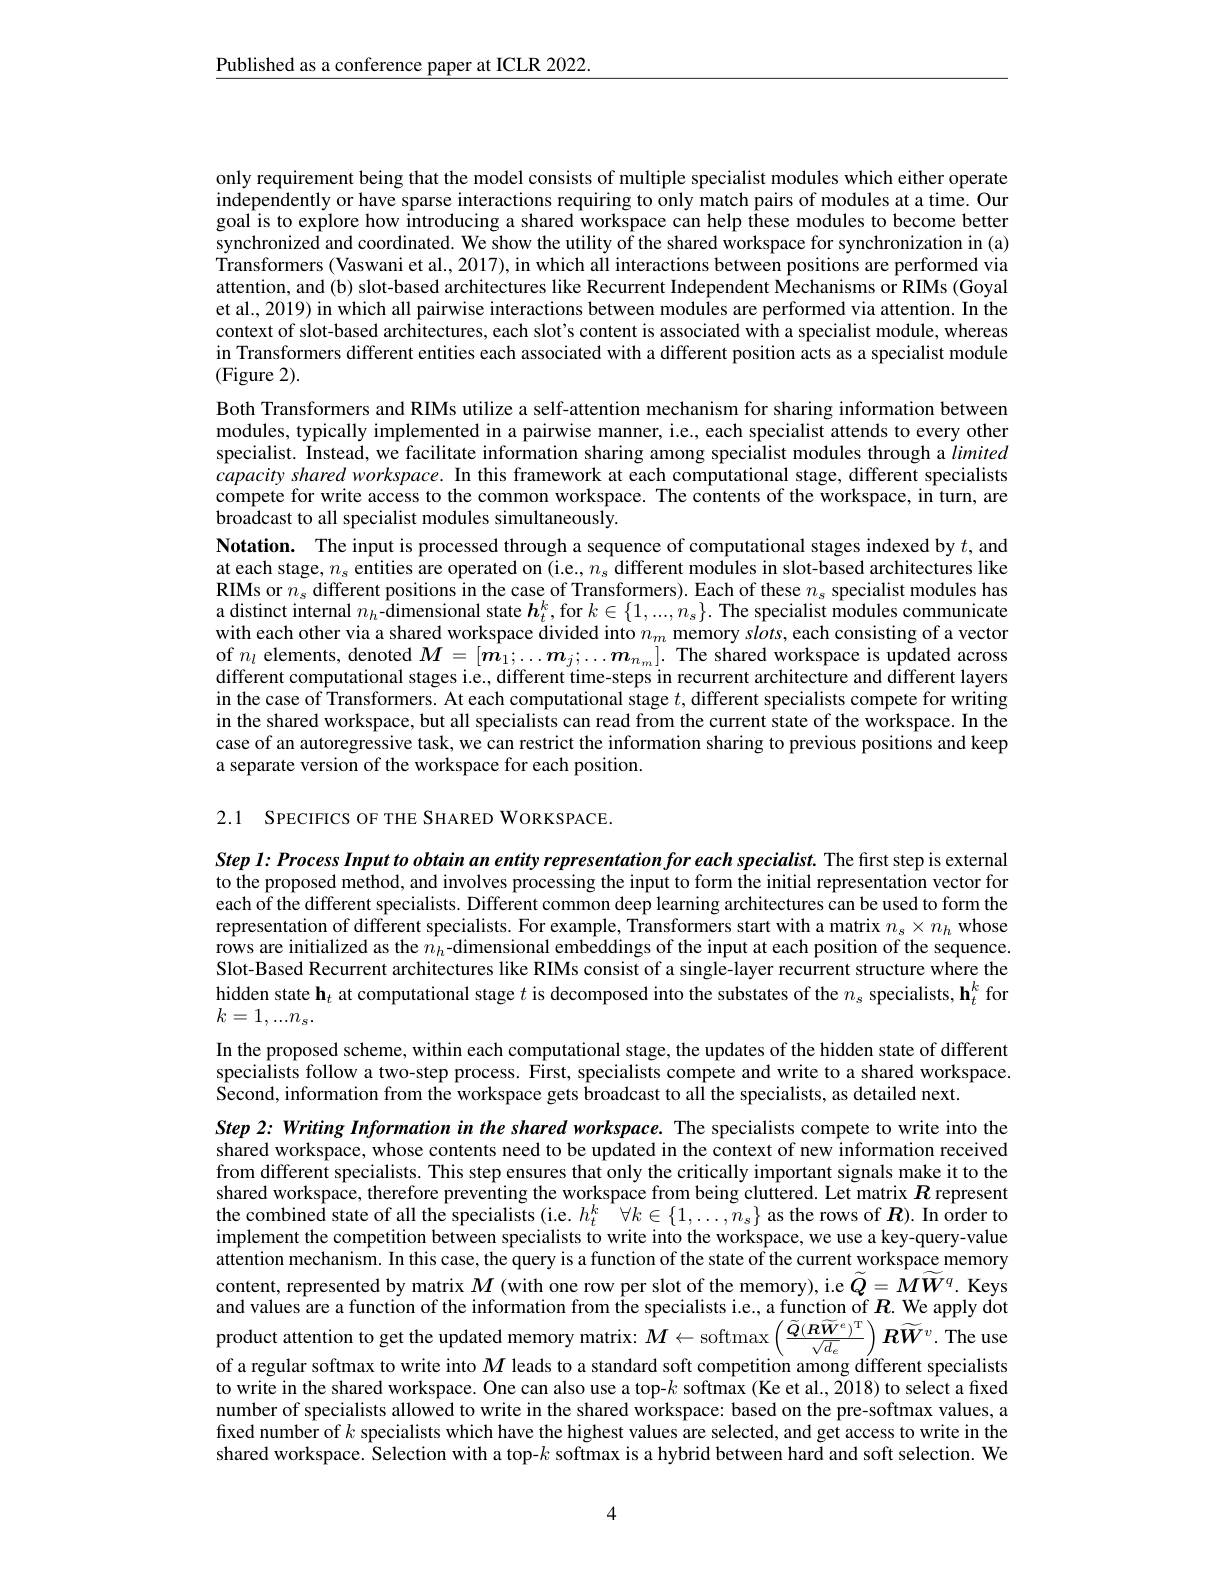
$\underline{\text{Published as a conference paper at ICLR 2022.}}$

only requirement being that the model consists of multiple specialist modules which either operate independently or have sparse interactions requiring to only match pairs of modules at a time. Our goal is to explore how introducing a shared workspace can help these modules to become better synchronized and coordinated. We show the utility of the shared workspace for synchronization in (a) Transformers (Vaswani et al., 2017), in which all interactions between positions are performed via attention, and (b) slot-based architectures like Recurrent Independent Mechanisms or RIMs (Goyal et al., 2019) in which all pairwise interactions between modules are performed via attention. In the context of slot-based architectures, each slot's content is associated with a specialist module, whereas in Transformers different entities each associated with a different position acts as a specialist module (Figure 2).
Both Transformers and RIMs utilize a self-attention mechanism for sharing information between modules, typically implemented in a pairwise manner, i.e., each specialist attends to every other specialist. Instead, we facilitate information sharing among specialist modules through a limited capacity shared workspace. In this framework at each computational stage, different specialists compete for write access to the common workspace. The contents of the workspace, in turn, are broadcast to all specialist modules simultaneously.
Notation. The input is processed through a sequence of computational stages indexed by $t$, and at each stage, $n_s$ entities are operated on (i.e., $n_s$ different modules in slot-based architectures like RIMs or $n_s$ different positions in the case of Transformers). Each of these $n_s$ specialist modules has a distinct internal $n_h$-$\hat{\text{dimensional state}\boldsymbol{h}}_t^k$, for $k\in\{1,...,n_s\}.$ The specialist modules communicate with each other via a shared workspace divided into $n_m$ memory $slots$, each consisting of a vector of $n_l$ elements, denoted $M=[\boldsymbol m_1;\ldots\boldsymbol{m}_j;\ldots\boldsymbol{m}_{n_m}].$ The shared workspace is updated across different computational stages i.e., different time-steps in recurrent architecture and different layers in the case of Transformers. At each computational stage $t$, different specialists compete for writing in the shared workspace, but all specialists can read from the current state of the workspace. In the case of an autoregressive task, we can restrict the information sharing to previous positions and keep a separate version of the workspace for each position.

2.1 SPECIFICS OF THE SHARED WORKSPACE.

Step $l:$ Process Input to obtain an entity representation for each specialist. The first step is external to the proposed method, and involves processing the input to form the initial representation vector for each of the different specialists. Different common deep learning architectures can be used to form the representation of different specialists. For example, Transformers start with a matrix $n_s\times n_h$ whose rows are initialized as the $\hat{n}_h$-dimensional embeddings of the input at each position of the sequence Slot-Based Recurrent architectures like RIMs consist of a single-layer recurrent structure where the hidden state $\mathbf{h}_t$ at computational stage $t$ is decomposed into the substates of the $n_s$ specialists, h$_t^k$ for $k=1,...n_s.$
In the proposed scheme, within each computational stage, the updates of the hidden state of different specialists follow a two-step process. First, specialists compete and write to a shared workspace. Second, information from the workspace gets broadcast to all the specialists, as detailed next.
Step 2: Writing Information in the shared workspace. The specialists compete to write into the shared workspace, whose contents need to be updated in the context of new information received from different specialists. This step ensures that only the critically important signals make it to the shared workspace, therefore preventing the workspace from being cluttered. Let matrix $R$ represent the combined state of all the specialists (i.e. $h_t^k$ $\forall k\in\{1,\ldots,n_s\}$ as the rows of $\boldsymbol R$). In order to implement the competition between specialists to write into the workspace, we use a key-query-value attention mechanism. In this case, the query is a function of the state of the current workspace memory content, represented by matrix $M$ (with one row per slot of the memory), i.e $\widetilde{Q}=M\widetilde{W}^q.$ Keys $\hat{\text{and values are a function of the information from the specialists i.e., a function of }R}.$ We apply dot product attention to get the updated memory matrix: $\hat{M}\leftarrow$softmax$\left(\frac{\tilde{Q}(R\widetilde{W}^{e})^{\mathrm{T}}}{\sqrt{d_{e}}}\right)\boldsymbol{RW}^{v}.$ The use of a regular softmax to write into $M$ leads to a standard soft competition among different specialists to write in the shared workspace. One can also use a top-$k$ softmax(Ke et al., 2018) to select a fixed number of specialists allowed to write in the shared workspace: based on the pre-softmax values, a fixed number of $k$ specialists which have the highest values are selected, and get access to write in the shared workspace. Selection with a top-$k$ softmax is a hybrid between hard and soft selection. We

4